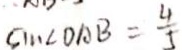
\sin \angle D A B = \frac { 4 } { 5 }